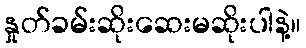
နှုတ်ခမ်းဆိုးဆေးမဆိုးပါနဲ့။